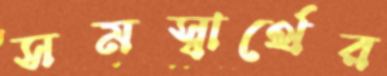
সমস্বার্থের